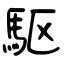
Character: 駆